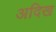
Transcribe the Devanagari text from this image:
अदिख